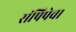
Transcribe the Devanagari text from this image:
संपिपेव।